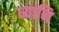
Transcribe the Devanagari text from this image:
ध्यानि